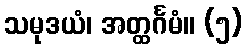
သမုဒယံ၊ အတ္ထင်္ဂမံ။ (၅)